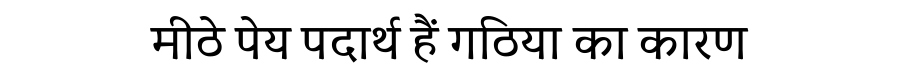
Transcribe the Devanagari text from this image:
मीठे पेय पदार्थ हैं गठिया का कारण